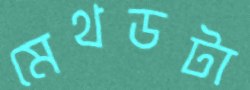
মেথডটা